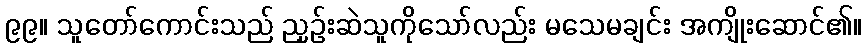
၉၉။ သူတော်ကောင်းသည် ညှဉ်းဆဲသူကိုသော်လည်း မသေမချင်း အကျိုးဆောင်၏။